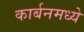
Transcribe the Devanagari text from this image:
कार्बनमध्ये